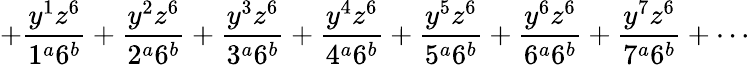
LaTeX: +\frac{y^{1}z^{6}}{1^{a}6^{b}}+\frac{y^{2}z^{6}}{2^{a}6^{b}}+\frac{y^{3}z^{6}}{3^{a}6^{b}}+\frac{y^{4}z^{6}}{4^{a}6^{b}}+\frac{y^{5}z^{6}}{5^{a}6^{b}}+\frac{y^{6}z^{6}}{6^{a}6^{b}}+\frac{y^{7}z^{6}}{7^{a}6^{b}}+\cdots